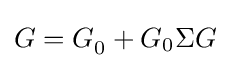
G=G_{0}^{}+G_{0}\Sigma G